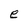
Character: e